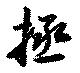
拯